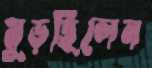
মুড়ছিলেন